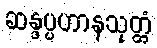
ဆန္ဒပ္ပဟာနသုတ္တံ